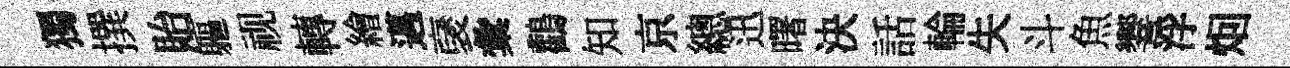
獨撰貽軀视轉繪邁裦彙鸛知京總迅曙決話輪失斗魚響浮𤇆